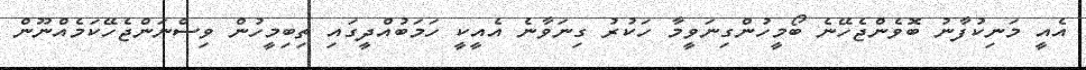
އެއީ މަނިކުފާނު ބޮވެންޖެހޭނެ ބޯމީހުންގިނަވީމާ ހަކުރު ގިނަވާނެ އެއީކީ ހަމަބުއްދީގައި ތިބިމީހުން ވިސްނަންޖެހޭކަމެއްނޫން